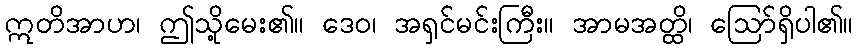
ဣတိအာဟ၊ ဤသို့မေး၏။ ဒေဝ၊ အရှင်မင်းကြီး။ အာမအတ္ထိ၊ ဩော်ရှိပါ၏။